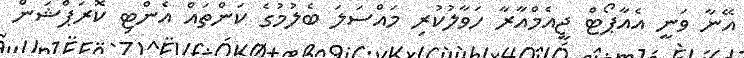
އޭނާ ވަނީ އެއާޕޯޓް ޖީއެމްއާރާ ހަވާލުކުރި މައްސަލަ ބެލުމުގެ ކަންތައް އެންޓި ކޮރަޕްޝަން